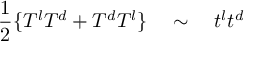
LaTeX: \frac { 1 } { 2 } \{ T ^ { l } T ^ { d } + T ^ { d } T ^ { l } \} \quad \sim \quad t ^ { l } t ^ { d }